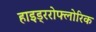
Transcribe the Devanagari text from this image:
हाइड्ररोफ्लोरिक